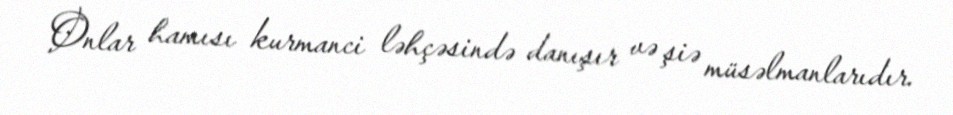
Onlar hamısı kurmanci ləhçəsində danışır və şiə müsəlmanlarıdır.